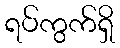
ရပ်ကွက်ရှိ